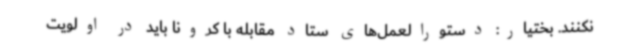
نکنند. بختیار: دستورالعمل‌های ستاد مقابله با کرونا باید در اولویت